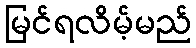
မြင်ရလိမ့်မည်